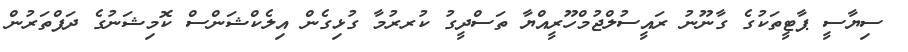
ސިޔާސީ ޕާޓީތަކުގެ ގާނޫނު ރައީސުލްޖުމްހޫރީއްޔާ ތަސްދީގު ކުރރުމާ ގުޅިގެން އިލެކްޝަންސް ކޮމިޝަނުގެ ދަފްތަރުން